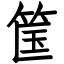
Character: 筺